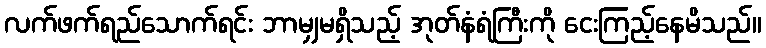
လက်ဖက်ရည်သောက်ရင်း ဘာမျှမရှိသည့် အုတ်နံရံကြီးကို ငေးကြည့်နေမိသည်။